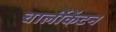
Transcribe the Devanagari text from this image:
चार्लीकेंटन